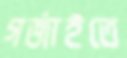
গর্‌জাইতে